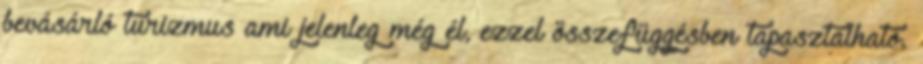
bevásárló turizmus ami jelenleg még él, ezzel összefüggésben tapasztalható.